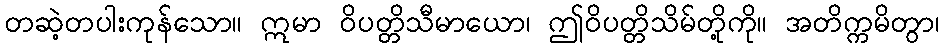
တဆဲ့တပါးကုန်သော။ ဣမာ ဝိပတ္တိသီမာယော၊ ဤဝိပတ္တိသိမ်တို့ကို။ အတိက္ကမိတွာ၊